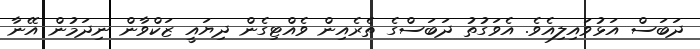
ދަބަސް އަޅުވައިލިއެވެ. އެވަގުތު ދަބަސްގެ ތެރެއިން ވެއްޓިގެން ދިޔައީ ޒަކްވާން ނިދަމުން އޭނާ